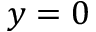
y = 0